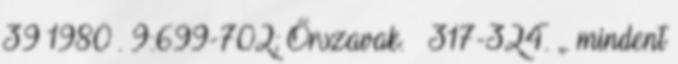
39 1980 . 9:699-702; Őrszavak. – 317-324. „. mindent